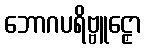
ဘောဂပရိဗ္ဗူဠှော